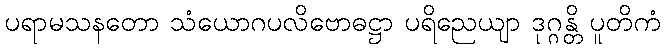
ပရာမသနတော သံယောဂပလိဗောဓဋ္ဌာ ပရိညေယျာ ဒုဂ္ဂန္တိ ပူတိကံ